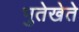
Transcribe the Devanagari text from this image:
भुतेखेते